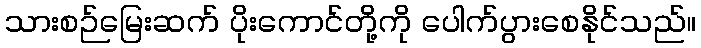
သားစဉ်မြေးဆက် ပိုးကောင်တို့ကို ပေါက်ပွားစေနိုင်သည်။